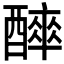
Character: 𨣑